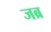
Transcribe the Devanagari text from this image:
जब्र